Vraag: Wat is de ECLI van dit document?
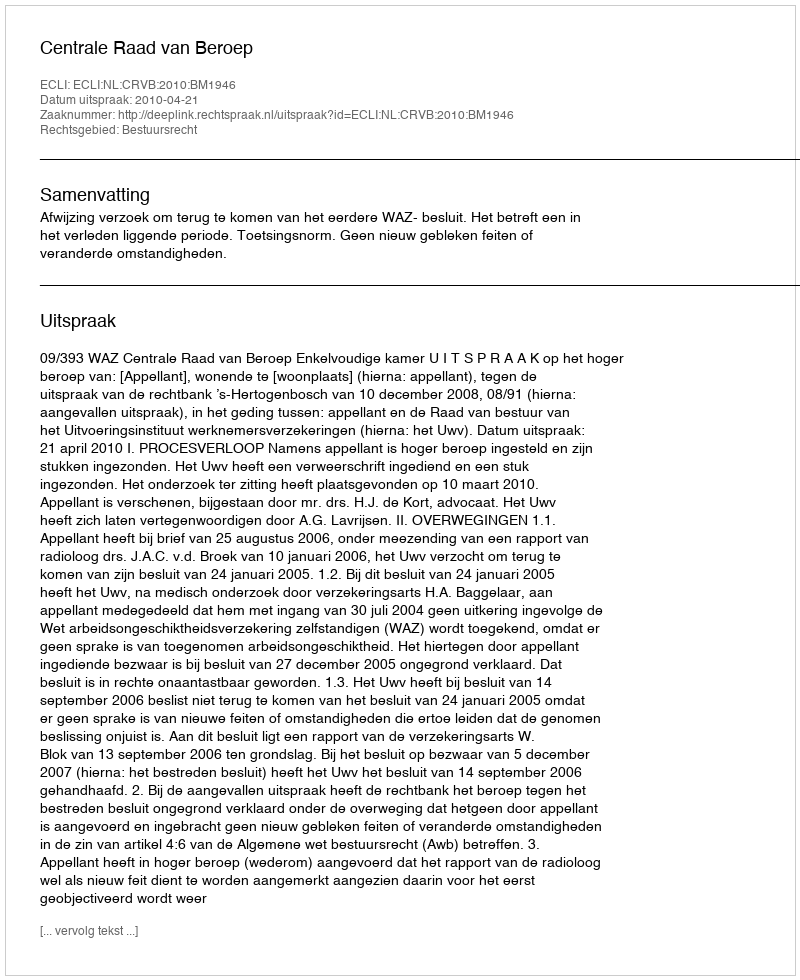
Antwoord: ECLI:NL:CRVB:2010:BM1946